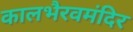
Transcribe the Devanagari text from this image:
कालभैरवमंदिर